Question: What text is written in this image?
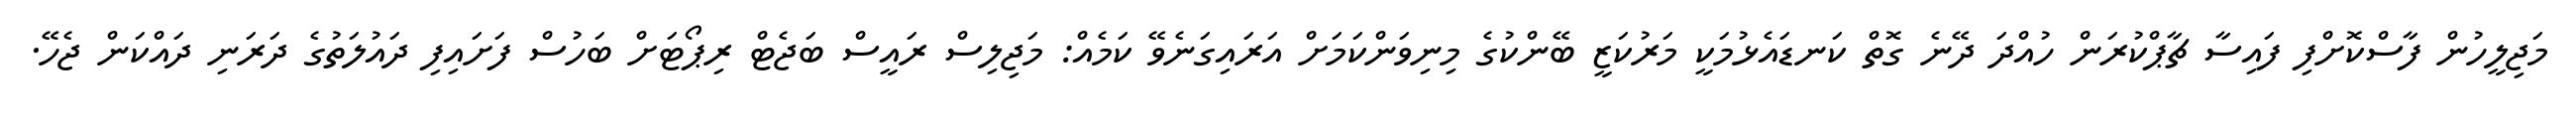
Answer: މަޖިލީހުން ފާސްކޮށްފި ފައިސާ ޗާޕްކުރަން ހުއްދަ ދޭނެ ގޮތް ކަނޑައެޅުމަކީ މަރުކަޒީ ބޭންކުގެ މިނިވަންކަމަށް އަރައިގަނެވޭ ކަމެއް: މަޖިލިސް ރައީސް ބަޖެޓް ރިޕޯޓަށް ބަހުސް ފަށައިފި ދައުލަތުގެ ދަރަނި ދައްކަން ޖެހޭ.